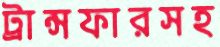
ট্রান্সফারসহ